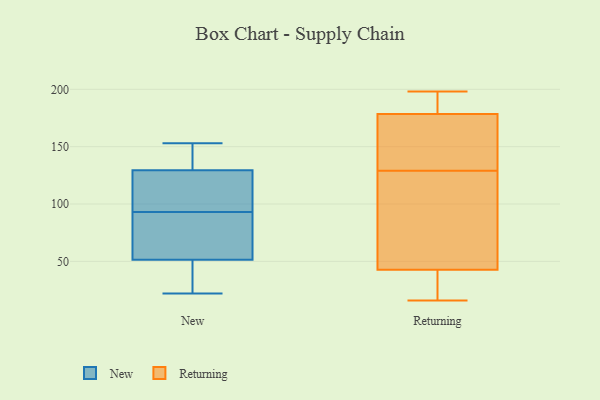
{"axis": {"x": "Waste Production (Tons)", "y": "Value"}, "legend": ["New", "Returning"], "data": [{"x": "", "y": 65, "type": "New"}, {"x": "", "y": 22, "type": "New"}, {"x": "", "y": 122, "type": "New"}, {"x": "", "y": 107, "type": "New"}, {"x": "", "y": 153, "type": "New"}, {"x": "", "y": 47, "type": "New"}, {"x": "", "y": 43, "type": "New"}, {"x": "", "y": 93, "type": "New"}, {"x": "", "y": 141, "type": "New"}, {"x": "", "y": 90, "type": "New"}, {"x": "", "y": 132, "type": "New"}, {"x": "", "y": 151, "type": "Returning"}, {"x": "", "y": 26, "type": "Returning"}, {"x": "", "y": 42, "type": "Returning"}, {"x": "", "y": 16, "type": "Returning"}, {"x": "", "y": 72, "type": "Returning"}, {"x": "", "y": 168, "type": "Returning"}, {"x": "", "y": 198, "type": "Returning"}, {"x": "", "y": 182, "type": "Returning"}, {"x": "", "y": 185, "type": "Returning"}, {"x": "", "y": 193, "type": "Returning"}, {"x": "", "y": 129, "type": "Returning"}, {"x": "", "y": 37, "type": "Returning"}, {"x": "", "y": 79, "type": "Returning"}, {"x": "", "y": 164, "type": "Returning"}, {"x": "", "y": 45, "type": "Returning"}]}